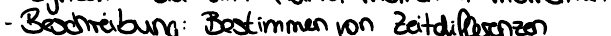
- Beschreibung: Bestimmen von Zeitdifferenzen